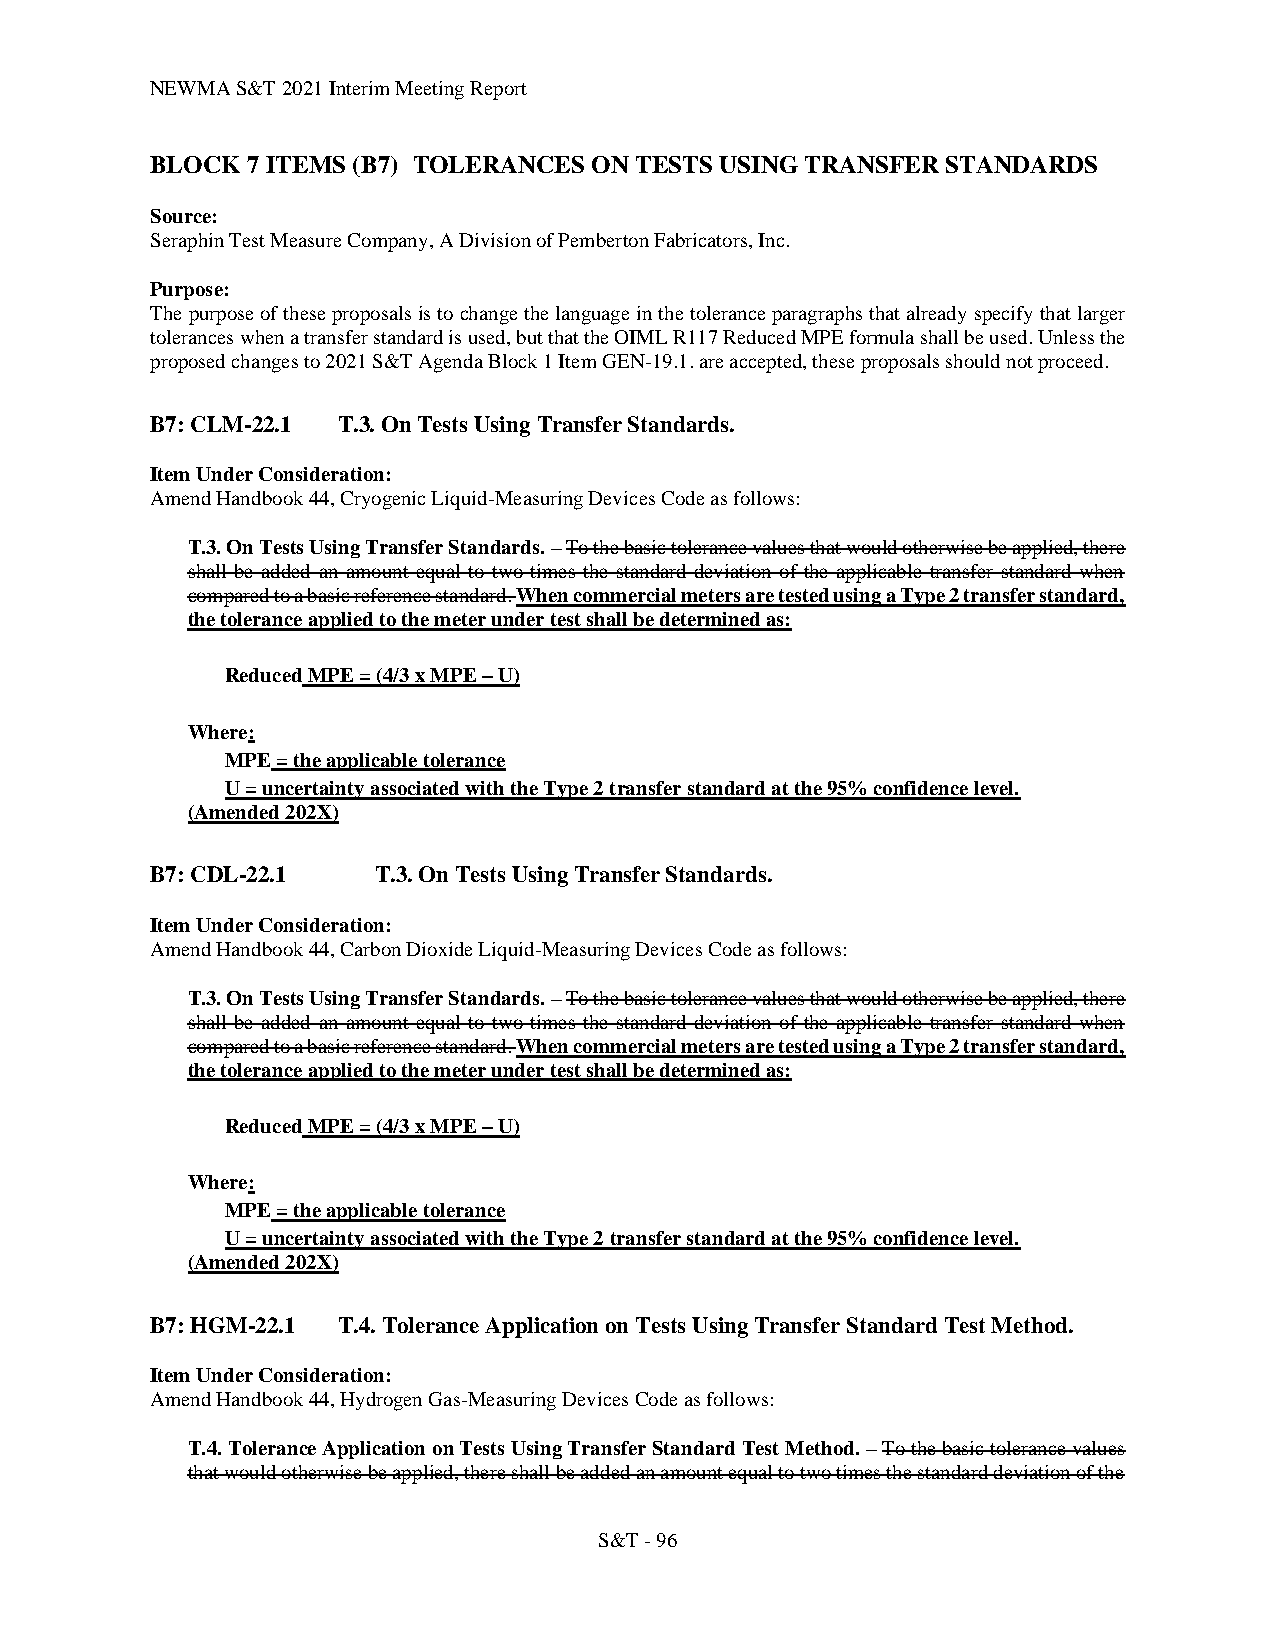
NEWMA S&T 2021 Interim Meeting Report
 BLOCK 7 ITEMS (B7) TOLERANCES ON TESTS USING TRANSFER STANDARDS
 Source:
 Seraphin Test Measure Company, A Division of Pemberton Fabricators, Inc.
 Purpose:
 The purpose of these proposals is to change the language in the tolerance paragraphs that already specify that larger
 tolerances when a transfer standard is used, but that the OIML R117 Reduced MPE formula shall be used. Unless the
 proposed changes to 2021 S&T Agenda Block 1 Item GEN-19.1. are accepted, these proposals should not proceed.
 B7: CLM-22.1 T.3. On Tests Using Transfer Standards.
 Item Under Consideration:
 Amend Handbook 44, Cryogenic Liquid-Measuring Devices Code as follows:
 T.3. On Tests Using Transfer Standards. – To the basic tolerance values that would otherwise be applied, there
 shall be added an amount equal to two times the standard deviation of the applicable transfer standard when
 compared to a basic reference standard. When commercial meters are tested using a Type 2 transfer standard,
 the tolerance applied to the meter under test shall be determined as:
 Reduced MPE = (4/3 x MPE – U)
 Where:
 MPE = the applicable tolerance
 U = uncertainty associated with the Type 2 transfer standard at the 95% confidence level.
 (Amended 202X)
 B7: CDL-22.1   T.3. On Tests Using Transfer Standards.
 Item Under Consideration:
 Amend Handbook 44, Carbon Dioxide Liquid-Measuring Devices Code as follows:
 T.3. On Tests Using Transfer Standards. – To the basic tolerance values that would otherwise be applied, there
 shall be added an amount equal to two times the standard deviation of the applicable transfer standard when
 compared to a basic reference standard. When commercial meters are tested using a Type 2 transfer standard,
 the tolerance applied to the meter under test shall be determined as:
 Reduced MPE = (4/3 x MPE – U)
 Where:
 MPE = the applicable tolerance
 U = uncertainty associated with the Type 2 transfer standard at the 95% confidence level.
 (Amended 202X)
 B7: HGM-22.1 T.4. Tolerance Application on Tests Using Transfer Standard Test Method.
 Item Under Consideration:
 Amend Handbook 44, Hydrogen Gas-Measuring Devices Code as follows:
 T.4. Tolerance Application on Tests Using Transfer Standard Test Method. – To the basic tolerance values
 that would otherwise be applied, there shall be added an amount equal to two times the standard deviation of the
 S&T - 96